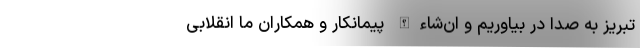
تبریز به صدا در بیاوریم و ان‌شاءالله پیمانکار و همکاران ما انقلابی